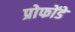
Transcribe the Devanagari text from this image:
प्रोफोंडे